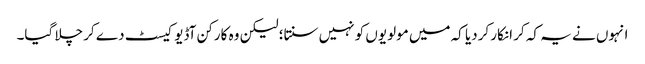
انہوں نے یہ کہ کر انکار کردیا کہ میں مولویوں کو نہیں سنتا؛ لیکن وہ کارکن آڈیو کیسٹ دے کر چلا گیا۔